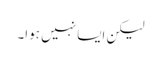
لیکن ایسا نہیں ہوا۔